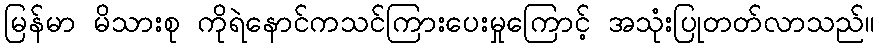
မြန်မာ မိသားစု ကိုရဲနောင်ကသင်ကြားပေးမှုကြောင့် အသုံးပြုတတ်လာသည်။